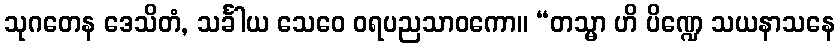
သုဂတေန ဒေသိတံ, သင်္ခါယ သေဝေ ဝရပညသာဝကော။ “တသ္မာ ဟိ ပိဏ္ဍေ သယနာသနေ